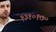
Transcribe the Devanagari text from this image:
१३१०१७०